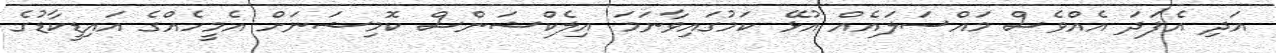
އަދި އެފަދަ އެއްވެސް މައްސަލައެއް އުޅޭ ކަމުގައިވާނަމަ އިލެކްޝަންސް ކޮމިޝަނަށް އެމީހެއްގެ އައިޑީކާޑުގެ